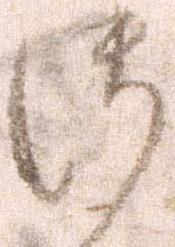
御